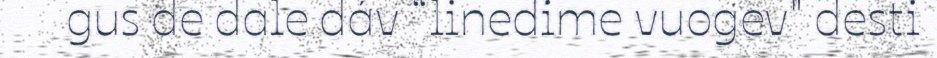
gus de dale dáv “linedime vuogev" desti